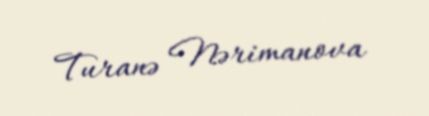
Turanə Nərimanova